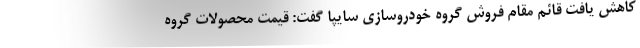
کاهش یافت قائم مقام فروش گروه خودروسازی سایپا گفت: قیمت محصولات گروه